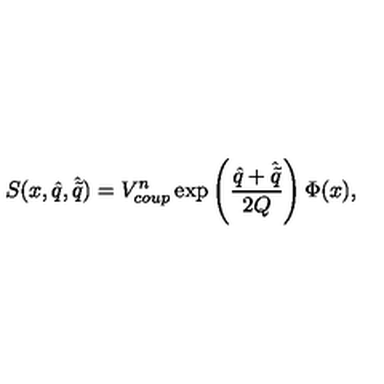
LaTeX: S ( x , \hat { q } , \hat { \tilde { q } } ) = V _ { c o u p } ^ { n } \exp \left( { \frac { \hat { q } + \hat { \tilde { q } } } { 2 Q } } \right) \Phi ( x ) ,